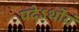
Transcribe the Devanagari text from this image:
पदेऽर्थोयं